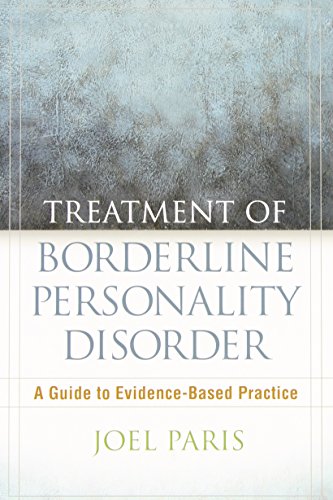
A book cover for Treatment of Borderline Personality Disorder: A Guide to Evidence-Based Practice; Joel Paris MD; Law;